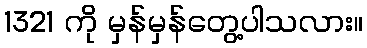
1321 ကို မှန်မှန်တွေ့ပါသလား။